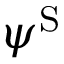
\psi ^ { \mathrm { S } }